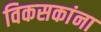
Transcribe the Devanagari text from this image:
विकसकांना